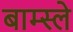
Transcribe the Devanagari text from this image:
बाम्स्ले